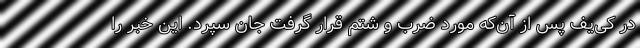
در کی‌یف پس از آن‌که مورد ضرب و شتم قرار گرفت جان سپرد. این خبر را